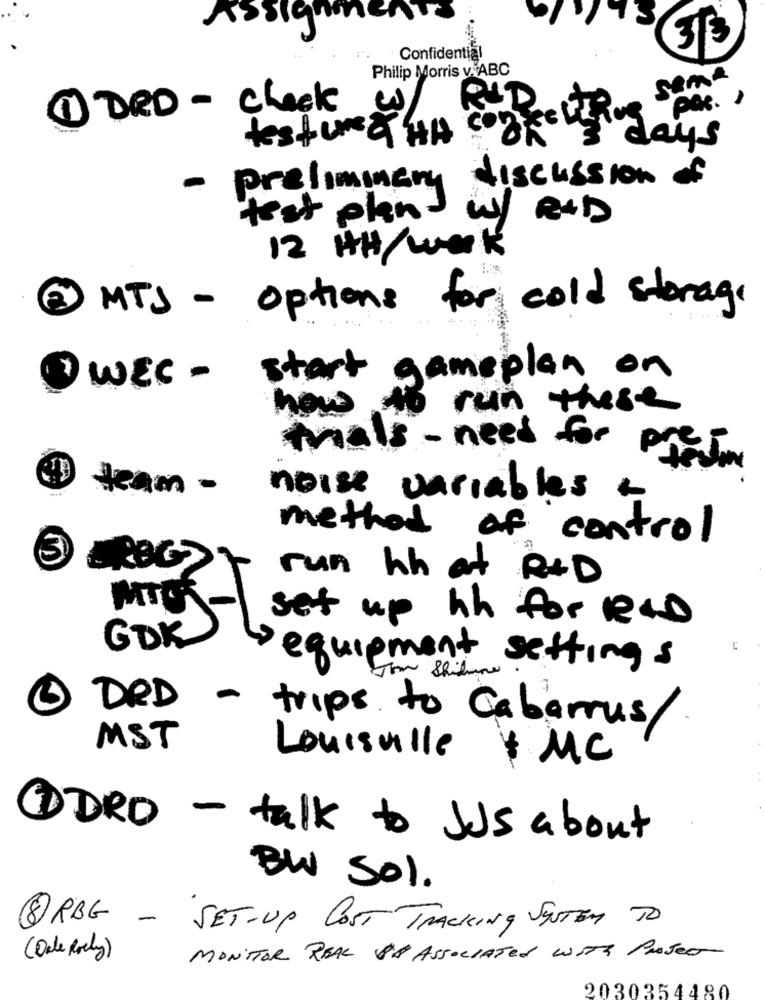
sign
313
Confidential
Philip Morris V.ABC
same
1 DRD - check
R&D
PAC. .
testurea HH conketting
days
- preliminary discussion of
test plans
W/ RXD
12 HH/ week
MTJ - options for cold storage
gameplan on
WEC -
start
how
run these
mais - need for proton
team -
noise variables a
method of control
3
run hh at R&D
MICK
set up hh for RAD
GOK
·equipment settings
Tom Skidmore
DRD
- trips to Cabarrus/
MST
Louisville & MC
1DRD - talk to JUS about
BW Sol.
8 RBG - SET-UP COST TRACKING SENTEM TO
( Oule Roly )
MONITOR REAL SA ASSOCIATED WITH PROJET
2030354480